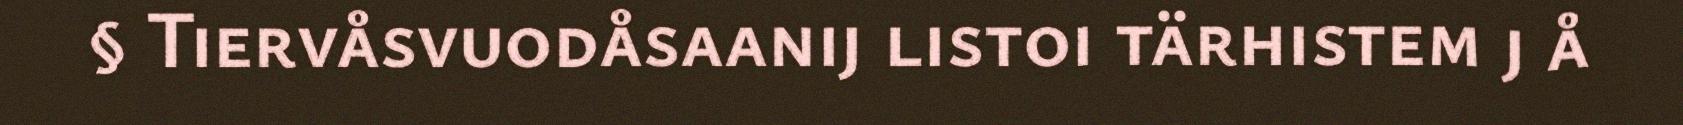
§ Tiervåsvuodåsaanij listoi tärhistem j å